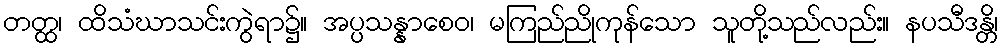
တတ္ထ၊ ထိသံဃာသင်းကွဲရာ၌။ အပ္ပသန္နာစေဝ၊ မကြည်ညိုကုန်သော သူတို့သည်လည်း။ နပသီဒန္တိ၊